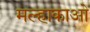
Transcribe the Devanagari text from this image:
मल्हाकाओ